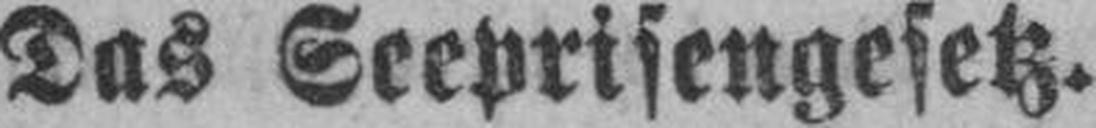
Das Seeprisengesetz.